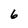
Character: 6